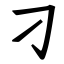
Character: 刁